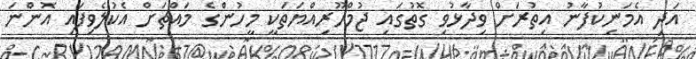
އަދި އެމަނިކުފާނު އިތުރަށް ވިދާޅުވި ގޮތުގައި ޖުމްހޫރިއްޔަތަކީ މީހުންގެ މައްޗަށް އެކުލެވިފައި އޮންނަ